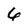
Character: 6